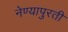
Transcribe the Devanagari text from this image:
नेण्यापुरती